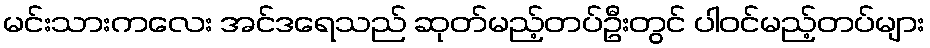
မင်းသားကလေး အင်ဒရေသည် ဆုတ်မည့်တပ်ဦးတွင် ပါဝင်မည့်တပ်များ